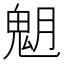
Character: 𩲞